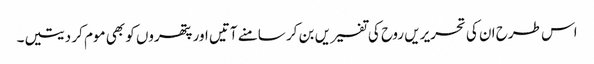
اس طرح ان کی تحریریں روح کی تفسیریں بن کر سامنے آتیں اور پتھروں کو بھی موم کر دیتیں۔